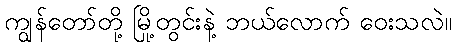
ကျွန်တော်တို့ မြို့တွင်းနဲ့ ဘယ်လောက် ဝေးသလဲ။